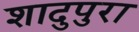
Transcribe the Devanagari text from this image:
शादुपुरा